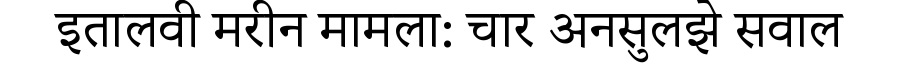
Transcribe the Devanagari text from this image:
इतालवी मरीन मामला: चार अनसुलझे सवाल